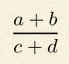
\frac{a+b}{c+d}